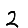
Digit: 2